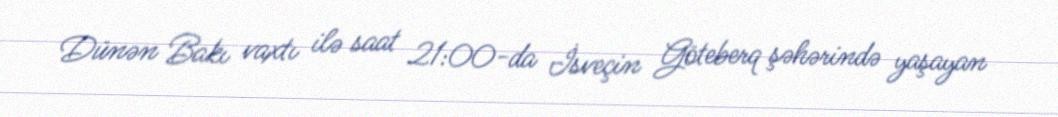
Dünən Bakı vaxtı ilə saat 21:00-da İsveçin Göteberq şəhərində yaşayan